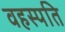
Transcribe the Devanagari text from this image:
वहस्पति